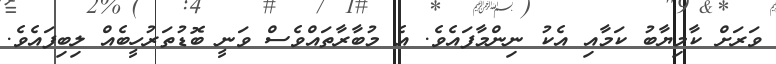
ވަރަށް ކާމިޔާބު ކަމާއި އެކު ނިންމާފައެވެ. އެ މުބާރާތައްވެސް ވަނީ ބޮޑުތަރުހީބެއް ލިބިފައެވެ.